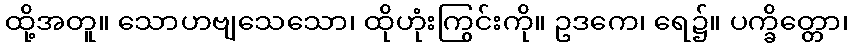
ထို့အတူ။ သောဟဗျသေသော၊ ထိုဟုံးကြွင်းကို။ ဥဒကေ၊ ရေ၌။ ပက္ခိတ္တော၊